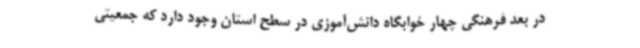
در بعد فرهنگی چهار خوابگاه دانش‌آموزی در سطح استان وجود دارد که جمعیتی